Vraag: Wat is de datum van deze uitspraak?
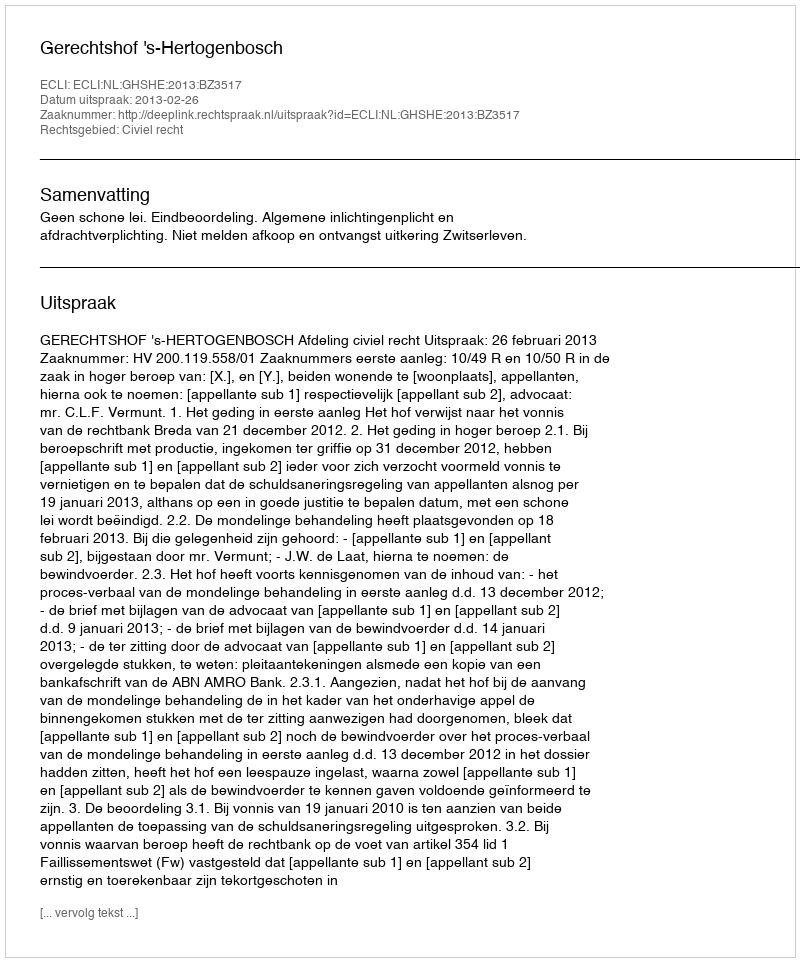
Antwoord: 2013-02-26